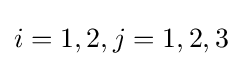
i=1,2,j=1,2,3